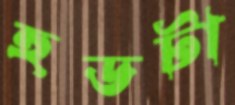
হুডটা